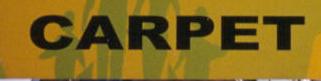
carpet